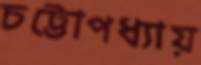
চট্টোপধ্যায়